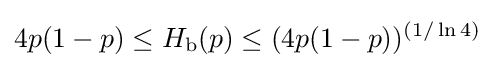
4p(1-p)\leq H_{\text{b}}(p)\leq (4p(1-p))^{(1/\ln 4)}